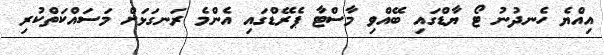
އިއްޔެ ހެނދުނު ޓޯ ޔާޑްގައި ބޭއްވި މާސްޓާ ޕެރޭޑްގައި އެންމެ ރަނގަޅަށް މަސައްކަތްކުރި